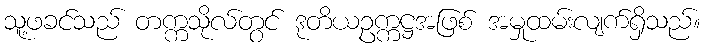
သူ့ဖခင်သည် တက္ကသိုလ်တွင် ဒုတိယဥက္ကဋ္ဌအဖြစ် အမှုထမ်းလျက်ရှိသည်။